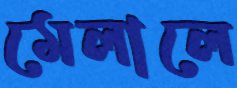
মেলালে